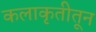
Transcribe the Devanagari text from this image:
कलाकृतीतून